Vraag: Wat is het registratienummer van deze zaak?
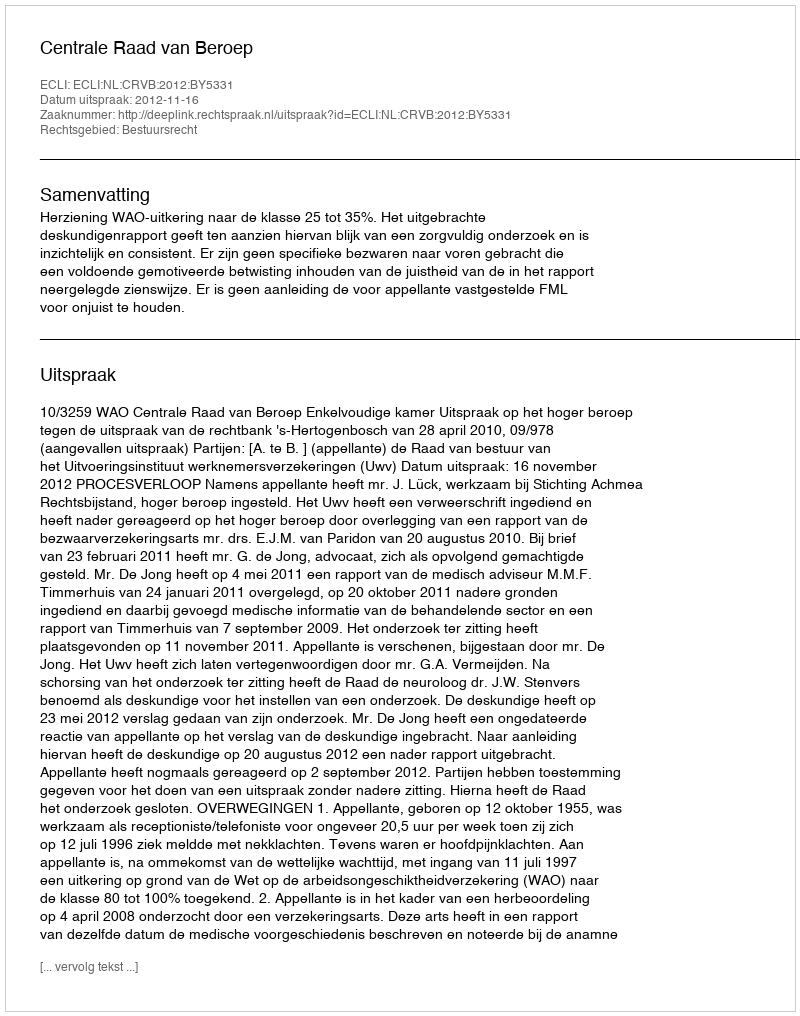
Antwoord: http://deeplink.rechtspraak.nl/uitspraak?id=ECLI:NL:CRVB:2012:BY5331